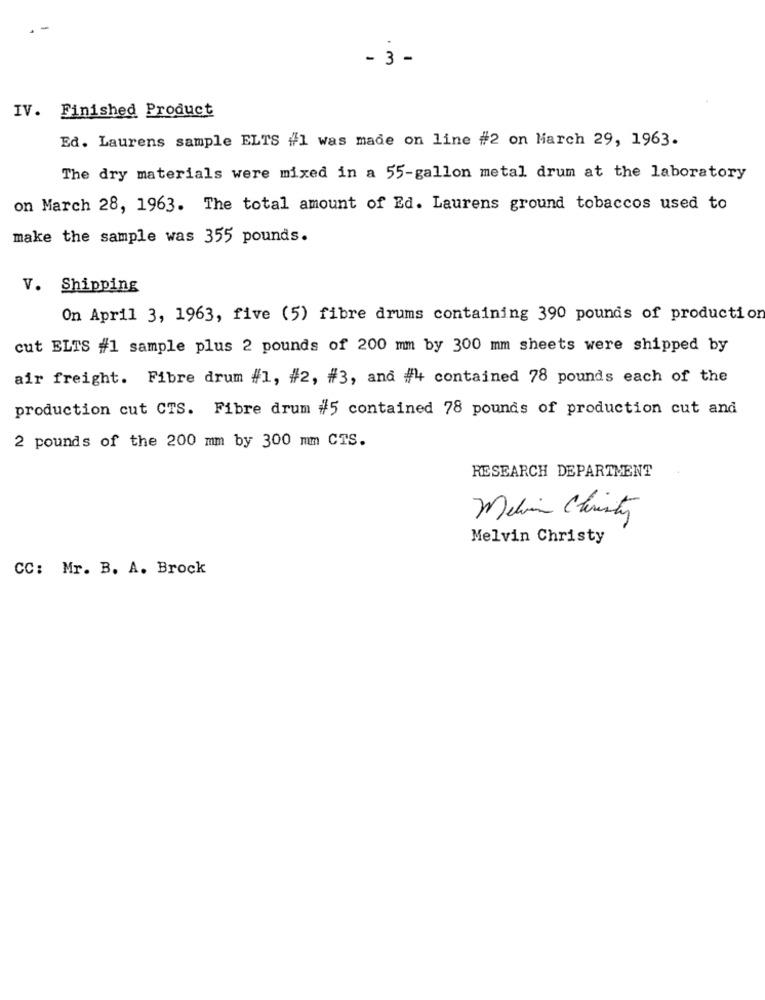
- 3 -
IV. Finished Product
Ed. Laurens sample ELTS #1 was made on line #2 on March 29, 1963.
The dry materials were mixed in a 55-gallon metal drum at the laboratory
on March 28, 1963. The total amount of Ed. Laurens ground tobaccos used to
make the sample was 355 pounds.
V. Shipping
On April 3, 1963, five (5) fibre drums containing 390 pounds of production
cut ELTS #1 sample plus 2 pounds of 200 mm by 300 mm sheets were shipped by
air freight. Fibre drum #1, #2, #3, and #4 contained 78 pounds each of the
production cut CTS. Fibre drum #5 contained 78 pounds of production cut and
2 pounds of the 200 mm by 300 mm CTS.
RESEARCH DEPARTMENT
Mein Christy
Melvin Christy
CC: Mr. B. A. Brock